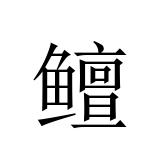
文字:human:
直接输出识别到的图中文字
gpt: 鳣